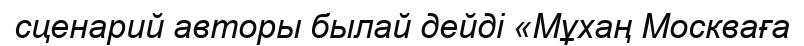
сценарий авторы былай дейді «Мұхаң Москваға